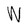
Character: W